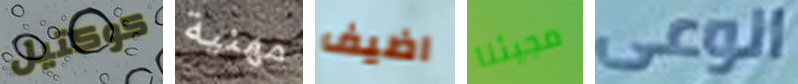
كوكتيل مهنية اضيف مجيئنا الوعى